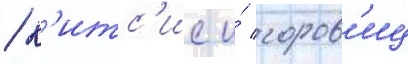
/ к'итс'ис и́ горов'иц